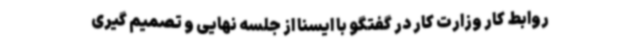
روابط کار وزارت کار در گفتگو با ایسنا از جلسه نهایی و تصمیم گیری